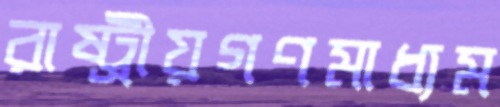
রাষ্ট্রীয়গণমাধ্যম